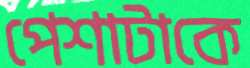
পেশাটাকে